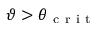
\vartheta > \theta _ { \mathrm { ~ c ~ r ~ i ~ t ~ } }